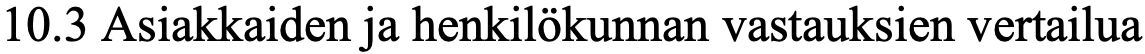
10.3 Asiakkaiden ja henkilökunnan vastauksien vertailua